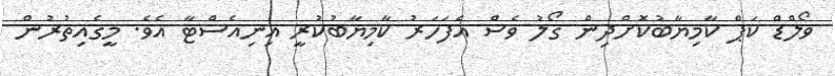
ވޯލްޑް ކަޕް ކާމިޔާބުކޮށްދިން ގޯލު ވެސް އެފަހަރު ކާމިޔާބުކުރީ އިނިއެސްޓާ އެވެ. މީގެއިތުރުން